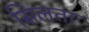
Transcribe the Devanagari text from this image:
सिलता